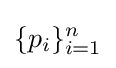
\{p_{i}\}_{i=1}^{n}